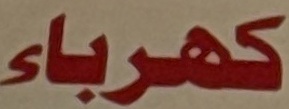
كهرباء